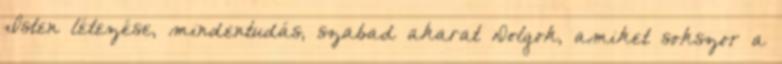
Isten létezése, mindentudás, szabad akarat Dolgok, amiket sokszor a